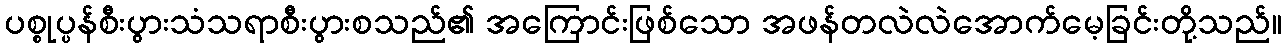
ပစ္စုပ္ပန်စီးပွားသံသရာစီးပွားစသည်၏ အကြောင်းဖြစ်သော အဖန်တလဲလဲအောက်မေ့ခြင်းတို့သည်။